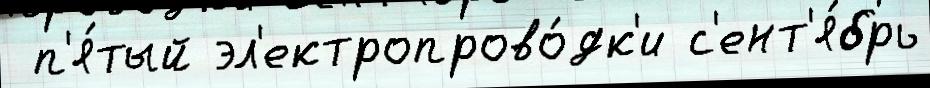
 п'я́тый эл'ектропрово́дк'и с'ент'я́брь